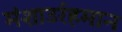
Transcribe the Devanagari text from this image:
मंशाउर्रहमान